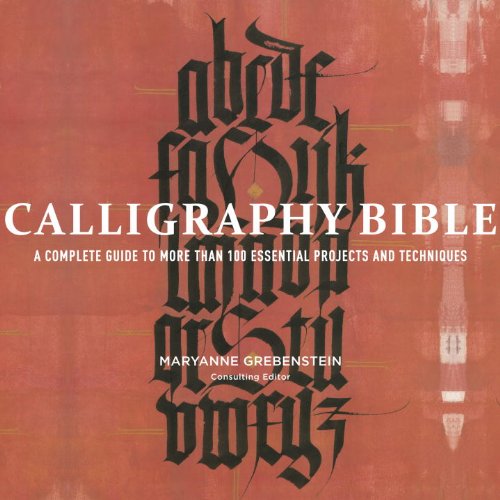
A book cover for Calligraphy Bible: A Complete Guide to More Than 100 Essential Projects and Techniques; Maryanne Grebenstein; Arts & Photography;